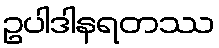
ဥပါဒါနရတဿ